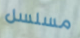
مسلسل